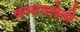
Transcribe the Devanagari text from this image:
कमावलेली